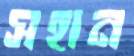
সহান